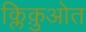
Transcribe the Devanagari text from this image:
क्लिक़ुओत